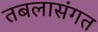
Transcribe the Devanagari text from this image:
तबलासंगत